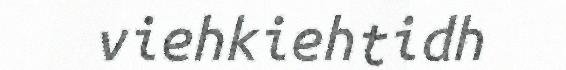
viehkiehtidh